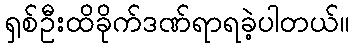
ရှစ်ဦးထိခိုက်ဒဏ်ရာရခဲ့ပါတယ်။